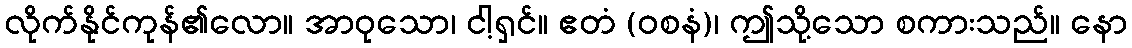
လိုက်နိုင်ကုန်၏လော။ အာဝုသော၊ ငါ့ရှင်။ ဧတံ (ဝစနံ)၊ ဤသို့သော စကားသည်။ နော